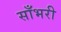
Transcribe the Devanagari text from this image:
साँभरी